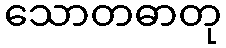
သောတဓာတု